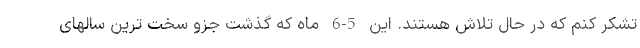
تشکر کنم که در حال تلاش هستند. این 5-6 ماه که گذشت جزو سخت ترین سالهای